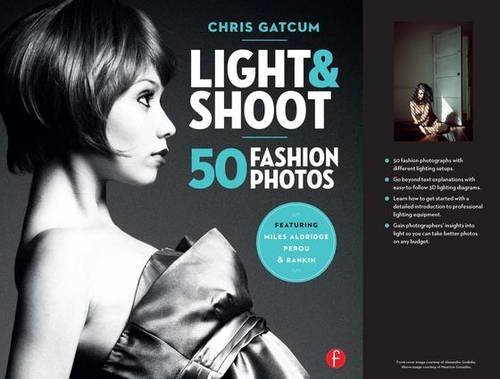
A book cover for Light and Shoot 50 Fashion Photos; Chris Gatcum; Arts & Photography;